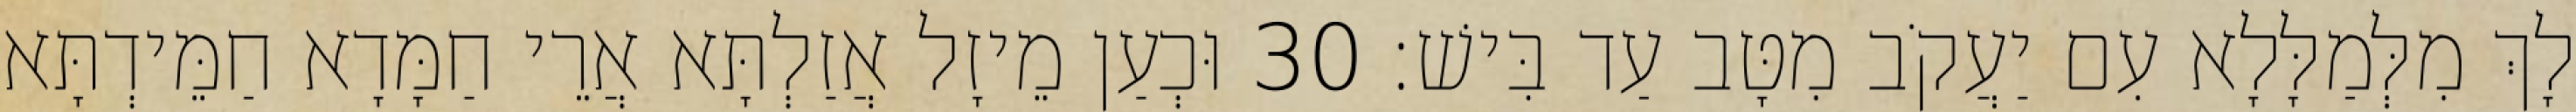
לָךְ מִלְּמַלָּלָא עִם יַעֲקֹב מִטָּב עַד בִּישׁ׃ 30 וּכְעַן מֵיזָל אֲזַלְתָּא אֲרֵי חַמָּדָא חַמֵּידְתָּא